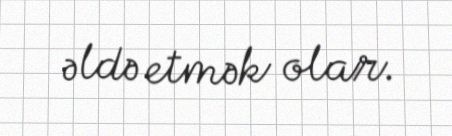
əldə etmək olar.